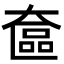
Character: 奩